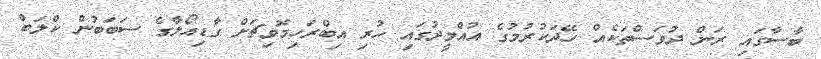
ބާސާގައި ރަން ދުވަސްތަކެއް ހޭދަކުރުމުގެ އުއްމީދުގައި ހުރި އިބްރަހިމޮވިޗަށް ގާޑިއޯލާގެ ސަބަބުން ކްލަބް